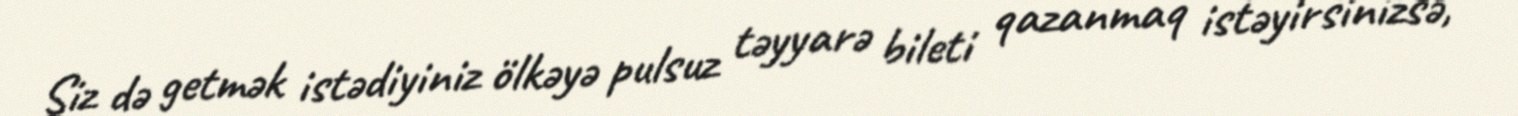
Siz də getmək istədiyiniz ölkəyə pulsuz təyyarə bileti qazanmaq istəyirsinizsə,